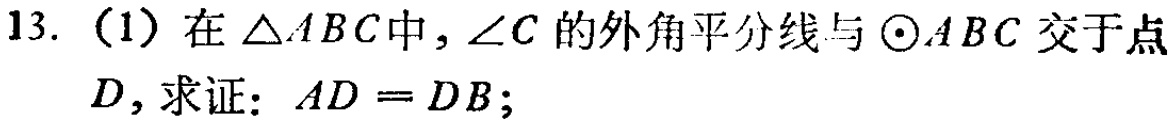
13.（1）在\(\triangle ABC\)中，\(\angle C\)的外角平分线与\(\odot ABC\)交于点\(D\)，求证：\(AD = DB\)；